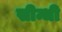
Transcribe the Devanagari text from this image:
सीन्धी